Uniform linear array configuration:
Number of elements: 32
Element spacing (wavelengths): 0.75
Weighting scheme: uniform
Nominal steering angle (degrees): -15
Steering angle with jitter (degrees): -15.368
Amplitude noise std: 0.05
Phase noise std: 0.05

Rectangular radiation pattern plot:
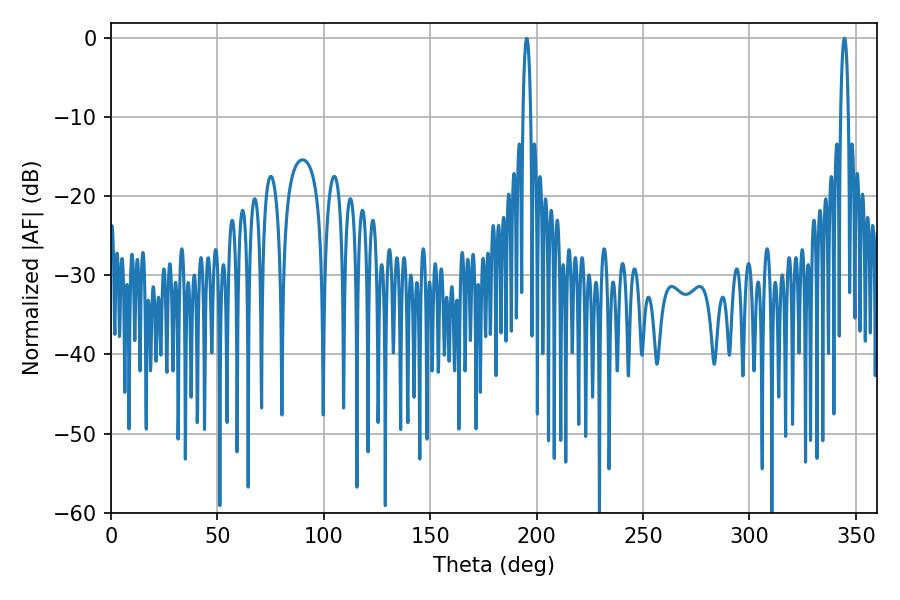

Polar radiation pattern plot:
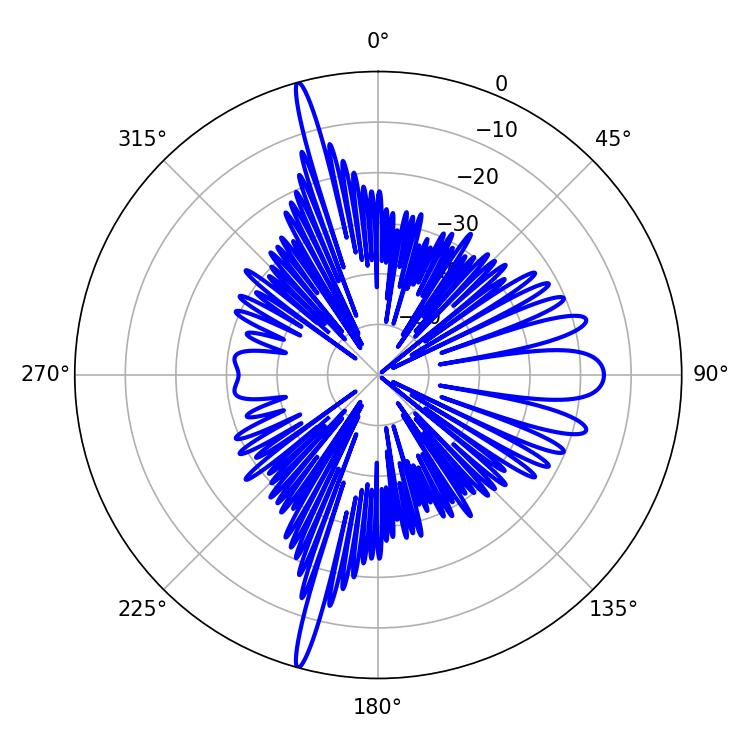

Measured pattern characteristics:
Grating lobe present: TRUE
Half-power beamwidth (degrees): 1.98
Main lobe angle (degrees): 195.3